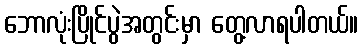
ဘောလုံးပြိုင်ပွဲအတွင်းမှာ တွေ့လာရပါတယ်။